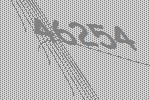
46254